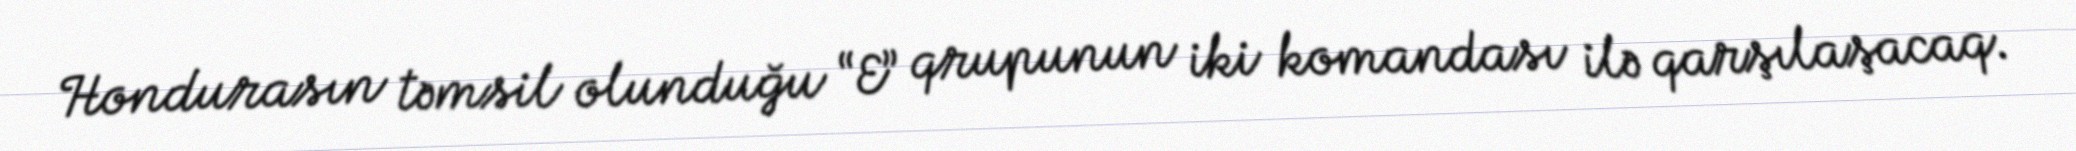
Hondurasın təmsil olunduğu “E” qrupunun iki komandası ilə qarşılaşacaq.